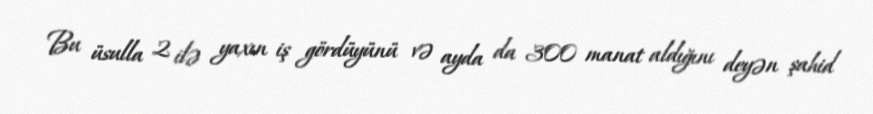
Bu üsulla 2 ilə yaxın iş gördüyünü və ayda da 300 manat aldığını deyən şahid